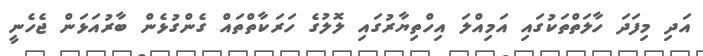
އަދި މިފަދަ ހާލަތްތަކުގައި އަމިއްލަ އިހްތިޔާރުގައި ލޮލުގެ ހަރަކާތްތައް ގެންގުޅެން ބާރުއަޅަން ޖެހެނީ